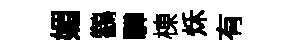
媚鸛驊棟秌有